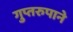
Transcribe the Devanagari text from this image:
गुप्तरुपाने